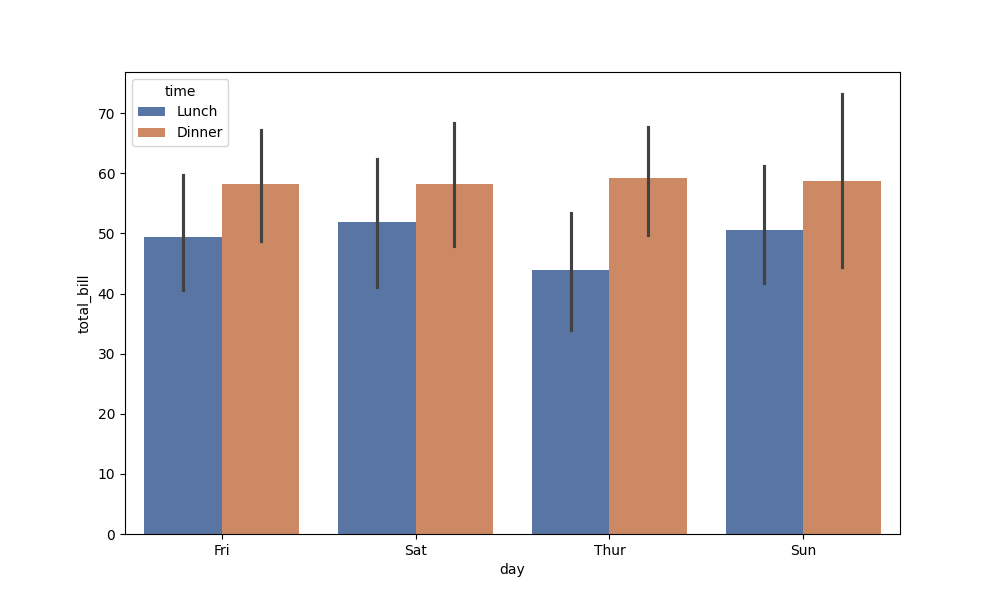
python, seaborn, barplot, hue='time', palette='deep', ci=95, orient='v'